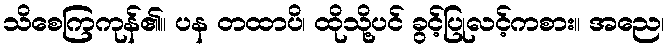
သိစေကြကုန်၏။ ပန တထာပိ၊ ထိုသို့ပင် ခွင့်ပြုလင့်ကစား။ အညေ၊